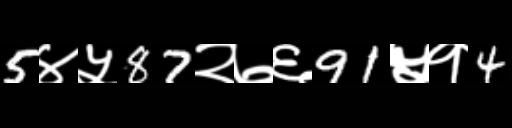
Text: 5४५87२७६91५१4